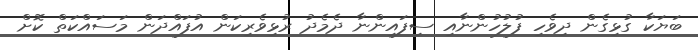
ބަޔަކާ ގުޅިގެން ދިވެހި ފުލުހުންނާއި ސިފައިންނާ ދެމެދު ރުޅިވެރިކަން އުފައްދަން މަސައްކަތް ކޮށް